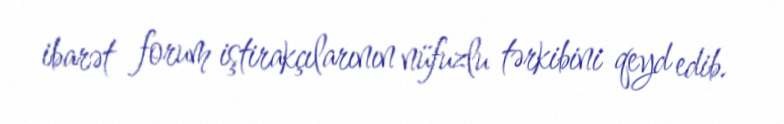
ibarət forum iştirakçılarının nüfuzlu tərkibini qeyd edib.